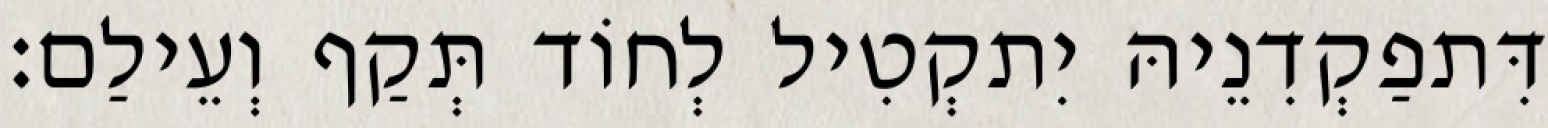
דִּתפַקְדִנֵיהּ יִתקְטִיל לְחוֹד תְּקַף וְעֵילַם׃